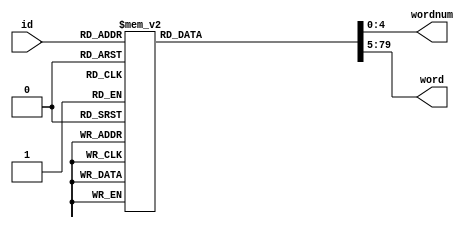
module dictionary(
	input [7:0] id,
	output reg [4:0] wordnum,
	output reg [74:0] word // 5 bits per alphabet, length <= 15
);
	always @ * begin
		case(id) 
            1: begin
                wordnum = 8;
                word = {5'd25,5'd3,5'd1,5'd18,5'd21,5'd3,5'd3,5'd1};
            end
            2: begin
                wordnum = 3;
                word = {5'd4,5'd4,5'd1};
            end
            3: begin
                wordnum = 3;
                word = {5'd12,5'd12,5'd1};
            end
            4: begin
                wordnum = 5;
                word = {5'd23,5'd15,5'd12,5'd12,5'd1};
            end
            5: begin
                wordnum = 6;
                word = {5'd20,5'd14,5'd21,5'd15,5'd13,5'd1};
            end
            6: begin
                wordnum = 5;
                word = {5'd25,5'd18,5'd7,5'd14,5'd1};
            end
            7: begin
                wordnum = 6;
                word = {5'd12,5'd1,5'd13,5'd9,5'd14,5'd1};
            end
            8: begin
                wordnum = 6;
                word = {5'd18,5'd5,5'd23,5'd19,5'd14,5'd1};
            end
            9: begin
                wordnum = 5;
                word = {5'd5,5'd12,5'd16,5'd16,5'd1};
            end
            10: begin
                wordnum = 3;
                word = {5'd5,5'd18,5'd1};
            end
            11: begin
                wordnum = 4;
                word = {5'd25,5'd13,5'd18,5'd1};
            end
            12: begin
                wordnum = 6;
                word = {5'd4,5'd14,5'd21,5'd15,5'd18,5'd1};
            end
            13: begin
                wordnum = 4;
                word = {5'd11,5'd3,5'd1,5'd2};
            end
            14: begin
                wordnum = 6;
                word = {5'd1,5'd14,5'd1,5'd14,5'd1,5'd2};
            end
            15: begin
                wordnum = 6;
                word = {5'd5,5'd18,5'd15,5'd6,5'd5,5'd2};
            end
            16: begin
                wordnum = 5;
                word = {5'd14,5'd9,5'd7,5'd5,5'd2};
            end
            17: begin
                wordnum = 8;
                word = {5'd18,5'd5,5'd14,5'd14,5'd9,5'd7,5'd5,5'd2};
            end
            18: begin
                wordnum = 4;
                word = {5'd20,5'd1,5'd15,5'd2};
            end
            19: begin
                wordnum = 4;
                word = {5'd11,5'd15,5'd15,5'd2};
            end
            20: begin
                wordnum = 4;
                word = {5'd8,5'd20,5'd15,5'd2};
            end
            21: begin
                wordnum = 3;
                word = {5'd24,5'd15,5'd2};
            end
            22: begin
                wordnum = 3;
                word = {5'd19,5'd21,5'd2};
            end
            23: begin
                wordnum = 3;
                word = {5'd20,5'd21,5'd2};
            end
            24: begin
                wordnum = 3;
                word = {5'd20,5'd1,5'd3};
            end
            25: begin
                wordnum = 5;
                word = {5'd18,5'd9,5'd1,5'd8,5'd3};
            end
            26: begin
                wordnum = 5;
                word = {5'd11,5'd3,5'd5,5'd8,5'd3};
            end
            27: begin
                wordnum = 5;
                word = {5'd4,5'd12,5'd9,5'd8,5'd3};
            end
            28: begin
                wordnum = 4;
                word = {5'd25,5'd20,5'd9,5'd3};
            end
            29: begin
                wordnum = 6;
                word = {5'd5,5'd5,5'd6,5'd6,5'd15,5'd3};
            end
            30: begin
                wordnum = 6;
                word = {5'd14,5'd13,5'd21,5'd12,5'd15,5'd3};
            end
            31: begin
                wordnum = 8;
                word = {5'd18,5'd5,5'd20,5'd21,5'd16,5'd13,5'd15,5'd3};
            end
            32: begin
                wordnum = 7;
                word = {5'd25,5'd18,5'd20,5'd14,5'd21,5'd15,5'd3};
            end
            33: begin
                wordnum = 6;
                word = {5'd5,5'd19,5'd18,5'd21,5'd15,5'd3};
            end
            34: begin
                wordnum = 5;
                word = {5'd13,5'd1,5'd5,5'd18,5'd3};
            end
            35: begin
                wordnum = 4;
                word = {5'd5,5'd20,5'd1,5'd4};
            end
            36: begin
                wordnum = 3;
                word = {5'd25,5'd1,5'd4};
            end
            37: begin
                wordnum = 6;
                word = {5'd20,5'd18,5'd1,5'd16,5'd5,5'd4};
            end
            38: begin
                wordnum = 10;
                word = {5'd25,5'd20,5'd12,5'd21,5'd3,5'd9,5'd6,5'd6,5'd9,5'd4};
            end
            39: begin
                wordnum = 8;
                word = {5'd18,5'd5,5'd22,5'd15,5'd3,5'd19,5'd9,5'd4};
            end
            40: begin
                wordnum = 8;
                word = {5'd5,5'd3,5'd14,5'd1,5'd20,5'd19,5'd9,5'd4};
            end
            41: begin
                wordnum = 3;
                word = {5'd7,5'd15,5'd4};
            end
            42: begin
                wordnum = 4;
                word = {5'd14,5'd23,5'd15,5'd4};
            end
            43: begin
                wordnum = 8;
                word = {5'd4,5'd1,5'd15,5'd12,5'd14,5'd23,5'd15,5'd4};
            end
            44: begin
                wordnum = 5;
                word = {5'd11,5'd14,5'd9,5'd18,5'd4};
            end
            45: begin
                wordnum = 4;
                word = {5'd13,5'd21,5'd18,5'd4};
            end
            46: begin
                wordnum = 4;
                word = {5'd8,5'd3,5'd1,5'd5};
            end
            47: begin
                wordnum = 4;
                word = {5'd20,5'd9,5'd4,5'd5};
            end
            48: begin
                wordnum = 11;
                word = {5'd25,5'd20,5'd9,5'd3,5'd9,5'd18,5'd20,5'd3,5'd5,5'd12,5'd5};
            end
            49: begin
                wordnum = 7;
                word = {5'd20,5'd14,5'd5,5'd13,5'd5,5'd12,5'd5};
            end
            50: begin
                wordnum = 13;
                word = {5'd20,5'd14,5'd5,5'd13,5'd14,5'd9,5'd1,5'd20,5'd18,5'd5,5'd20,5'd14,5'd5};
            end
            51: begin
                wordnum = 5;
                word = {5'd5,5'd19,5'd1,5'd18,5'd5};
            end
            52: begin
                wordnum = 4;
                word = {5'd14,5'd5,5'd22,5'd5};
            end
            53: begin
                wordnum = 8;
                word = {5'd5,5'd19,5'd9,5'd3,5'd18,5'd5,5'd24,5'd5};
            end
            54: begin
                wordnum = 4;
                word = {5'd12,5'd5,5'd5,5'd6};
            end
            55: begin
                wordnum = 3;
                word = {5'd23,5'd5,5'd6};
            end
            56: begin
                wordnum = 4;
                word = {5'd5,5'd12,5'd9,5'd6};
            end
            57: begin
                wordnum = 5;
                word = {5'd20,5'd19,5'd18,5'd9,5'd6};
            end
            58: begin
                wordnum = 5;
                word = {5'd19,5'd21,5'd3,5'd15,5'd6};
            end
            59: begin
                wordnum = 6;
                word = {5'd23,5'd15,5'd12,5'd12,5'd15,5'd6};
            end
            60: begin
                wordnum = 4;
                word = {5'd4,5'd15,5'd15,5'd6};
            end
            61: begin
                wordnum = 5;
                word = {5'd5,5'd3,5'd18,5'd15,5'd6};
            end
            62: begin
                wordnum = 6;
                word = {5'd20,5'd5,5'd7,5'd18,5'd15,5'd6};
            end
            63: begin
                wordnum = 4;
                word = {5'd18,5'd21,5'd15,5'd6};
            end
            64: begin
                wordnum = 6;
                word = {5'd4,5'd14,5'd5,5'd9,5'd18,5'd6};
            end
            65: begin
                wordnum = 4;
                word = {5'd5,5'd13,5'd1,5'd7};
            end
            66: begin
                wordnum = 4;
                word = {5'd5,5'd22,5'd9,5'd7};
            end
            67: begin
                wordnum = 6;
                word = {5'd7,5'd14,5'd9,5'd22,5'd9,5'd7};
            end
            68: begin
                wordnum = 6;
                word = {5'd12,5'd1,5'd2,5'd15,5'd12,5'd7};
            end
            69: begin
                wordnum = 4;
                word = {5'd20,5'd1,5'd15,5'd7};
            end
            70: begin
                wordnum = 5;
                word = {5'd20,5'd1,5'd5,5'd18,5'd7};
            end
            71: begin
                wordnum = 5;
                word = {5'd25,5'd16,5'd16,5'd1,5'd8};
            end
            72: begin
                wordnum = 4;
                word = {5'd5,5'd22,5'd1,5'd8};
            end
            73: begin
                wordnum = 6;
                word = {5'd7,5'd14,5'd9,5'd22,5'd1,5'd8};
            end
            74: begin
                wordnum = 4;
                word = {5'd5,5'd18,5'd5,5'd8};
            end
            75: begin
                wordnum = 4;
                word = {5'd8,5'd7,5'd9,5'd8};
            end
            76: begin
                wordnum = 4;
                word = {5'd12,5'd12,5'd9,5'd8};
            end
            77: begin
                wordnum = 4;
                word = {5'd4,5'd12,5'd15,5'd8};
            end
            78: begin
                wordnum = 4;
                word = {5'd5,5'd13,5'd15,5'd8};
            end
            79: begin
                wordnum = 4;
                word = {5'd18,5'd21,5'd15,5'd8};
            end
            80: begin
                wordnum = 5;
                word = {5'd5,5'd19,5'd21,5'd15,5'd8};
            end
            81: begin
                wordnum = 3;
                word = {5'd23,5'd15,5'd8};
            end
            82: begin
                wordnum = 3;
                word = {5'd5,5'd3,5'd9};
            end
            83: begin
                wordnum = 7;
                word = {5'd5,5'd4,5'd21,5'd12,5'd3,5'd14,5'd9};
            end
            84: begin
                wordnum = 5;
                word = {5'd20,5'd21,5'd16,5'd14,5'd9};
            end
            85: begin
                wordnum = 6;
                word = {5'd5,5'd4,5'd9,5'd19,5'd14,5'd9};
            end
            86: begin
                wordnum = 13;
                word = {5'd12,5'd1,5'd14,5'd15,5'd9,5'd20,5'd1,5'd14,5'd18,5'd5,5'd20,5'd14,5'd9};
            end
            87: begin
                wordnum = 4;
                word = {5'd15,5'd20,5'd14,5'd9};
            end
            88: begin
                wordnum = 12;
                word = {5'd14,5'd15,5'd9,5'd20,5'd3,5'd21,5'd4,5'd15,5'd18,5'd20,5'd14,5'd9};
            end
            89: begin
                wordnum = 6;
                word = {5'd20,5'd14,5'd5,5'd22,5'd14,5'd9};
            end
            90: begin
                wordnum = 2;
                word = {5'd19,5'd9};
            end
            91: begin
                wordnum = 5;
                word = {5'd18,5'd5,5'd11,5'd15,5'd10};
            end
            92: begin
                wordnum = 5;
                word = {5'd5,5'd3,5'd9,5'd21,5'd10};
            end
            93: begin
                wordnum = 3;
                word = {5'd25,5'd5,5'd11};
            end
            94: begin
                wordnum = 8;
                word = {5'd4,5'd18,5'd1,5'd15,5'd2,5'd25,5'd5,5'd11};
            end
            95: begin
                wordnum = 3;
                word = {5'd4,5'd9,5'd11};
            end
            96: begin
                wordnum = 4;
                word = {5'd12,5'd12,5'd9,5'd11};
            end
            97: begin
                wordnum = 8;
                word = {5'd5,5'd7,5'd1,5'd21,5'd7,5'd14,5'd1,5'd12};
            end
            98: begin
                wordnum = 4;
                word = {5'd4,5'd1,5'd5,5'd12};
            end
            99: begin
                wordnum = 5;
                word = {5'd5,5'd22,5'd1,5'd5,5'd12};
            end
            100: begin
                wordnum = 5;
                word = {5'd14,5'd15,5'd13,5'd5,5'd12};
            end
            101: begin
                wordnum = 4;
                word = {5'd19,5'd19,5'd5,5'd12};
            end
            102: begin
                wordnum = 6;
                word = {5'd18,5'd5,5'd20,5'd20,5'd5,5'd12};
            end
            103: begin
                wordnum = 4;
                word = {5'd5,5'd14,5'd9,5'd12};
            end
            104: begin
                wordnum = 6;
                word = {5'd14,5'd5,5'd20,5'd19,5'd9,5'd12};
            end
            105: begin
                wordnum = 6;
                word = {5'd5,5'd12,5'd20,5'd20,5'd9,5'd12};
            end
            106: begin
                wordnum = 4;
                word = {5'd11,5'd3,5'd15,5'd12};
            end
            107: begin
                wordnum = 4;
                word = {5'd11,5'd15,5'd15,5'd12};
            end
            108: begin
                wordnum = 4;
                word = {5'd5,5'd19,5'd15,5'd12};
            end
            109: begin
                wordnum = 5;
                word = {5'd18,5'd5,5'd19,5'd15,5'd12};
            end
            110: begin
                wordnum = 4;
                word = {5'd19,5'd19,5'd15,5'd12};
            end
            111: begin
                wordnum = 3;
                word = {5'd4,5'd1,5'd13};
            end
            112: begin
                wordnum = 4;
                word = {5'd12,5'd9,5'd1,5'd13};
            end
            113: begin
                wordnum = 3;
                word = {5'd14,5'd1,5'd13};
            end
            114: begin
                wordnum = 3;
                word = {5'd16,5'd1,5'd13};
            end
            115: begin
                wordnum = 6;
                word = {5'd18,5'd5,5'd20,5'd19,5'd1,5'd13};
            end
            116: begin
                wordnum = 6;
                word = {5'd18,5'd5,5'd2,5'd13,5'd5,5'd13};
            end
            117: begin
                wordnum = 4;
                word = {5'd11,5'd12,5'd9,5'd13};
            end
            118: begin
                wordnum = 5;
                word = {5'd19,5'd21,5'd14,5'd9,5'd13};
            end
            119: begin
                wordnum = 6;
                word = {5'd5,5'd20,5'd21,5'd14,5'd9,5'd13};
            end
            120: begin
                wordnum = 7;
                word = {5'd5,5'd11,5'd1,5'd20,5'd19,5'd9,5'd13};
            end
            121: begin
                wordnum = 6;
                word = {5'd25,5'd5,5'd11,5'd14,5'd15,5'd13};
            end
            122: begin
                wordnum = 5;
                word = {5'd8,5'd20,5'd14,5'd15,5'd13};
            end
            123: begin
                wordnum = 4;
                word = {5'd5,5'd18,5'd15,5'd13};
            end
            124: begin
                wordnum = 5;
                word = {5'd5,5'd19,5'd21,5'd15,5'd13};
            end
            125: begin
                wordnum = 5;
                word = {5'd3,5'd9,5'd19,5'd21,5'd13};
            end
            126: begin
                wordnum = 4;
                word = {5'd4,5'd5,5'd5,5'd14};
            end
            127: begin
                wordnum = 5;
                word = {5'd18,5'd5,5'd22,5'd5,5'd14};
            end
            128: begin
                wordnum = 3;
                word = {5'd23,5'd5,5'd14};
            end
            129: begin
                wordnum = 2;
                word = {5'd15,5'd14};
            end
            130: begin
                wordnum = 3;
                word = {5'd20,5'd15,5'd14};
            end
            131: begin
                wordnum = 4;
                word = {5'd5,5'd20,5'd15,5'd14};
            end
            132: begin
                wordnum = 3;
                word = {5'd23,5'd15,5'd14};
            end
            133: begin
                wordnum = 6;
                word = {5'd18,5'd5,5'd2,5'd13,5'd21,5'd14};
            end
            134: begin
                wordnum = 3;
                word = {5'd6,5'd6,5'd15};
            end
            135: begin
                wordnum = 3;
                word = {5'd4,5'd12,5'd15};
            end
            136: begin
                wordnum = 2;
                word = {5'd14,5'd15};
            end
            137: begin
                wordnum = 4;
                word = {5'd5,5'd3,5'd14,5'd15};
            end
            138: begin
                wordnum = 3;
                word = {5'd5,5'd14,5'd15};
            end
            139: begin
                wordnum = 6;
                word = {5'd5,5'd14,5'd9,5'd12,5'd14,5'd15};
            end
            140: begin
                wordnum = 4;
                word = {5'd14,5'd5,5'd16,5'd15};
            end
            141: begin
                wordnum = 7;
                word = {5'd5,5'd20,5'd1,5'd18,5'd5,5'd16,5'd15};
            end
            142: begin
                wordnum = 6;
                word = {5'd20,5'd21,5'd16,5'd20,5'd21,5'd15};
            end
            143: begin
                wordnum = 7;
                word = {5'd5,5'd4,5'd9,5'd19,5'd20,5'd21,5'd15};
            end
            144: begin
                wordnum = 4;
                word = {5'd5,5'd7,5'd1,5'd16};
            end
            145: begin
                wordnum = 4;
                word = {5'd18,5'd9,5'd1,5'd16};
            end
            146: begin
                wordnum = 6;
                word = {5'd20,5'd14,5'd5,5'd18,5'd1,5'd16};
            end
            147: begin
                wordnum = 4;
                word = {5'd11,5'd18,5'd1,5'd16};
            end
            148: begin
                wordnum = 4;
                word = {5'd20,5'd18,5'd1,5'd16};
            end
            149: begin
                wordnum = 6;
                word = {5'd12,5'd9,5'd3,5'd14,5'd5,5'd16};
            end
            150: begin
                wordnum = 6;
                word = {5'd14,5'd15,5'd19,5'd18,5'd5,5'd16};
            end
            151: begin
                wordnum = 5;
                word = {5'd5,5'd14,5'd15,5'd8,5'd16};
            end
            152: begin
                wordnum = 5;
                word = {5'd15,5'd14,5'd1,5'd9,5'd16};
            end
            153: begin
                wordnum = 5;
                word = {5'd5,5'd3,5'd1,5'd12,5'd16};
            end
            154: begin
                wordnum = 4;
                word = {5'd25,5'd1,5'd12,5'd16};
            end
            155: begin
                wordnum = 4;
                word = {5'd11,5'd18,5'd15,5'd16};
            end
            156: begin
                wordnum = 8;
                word = {5'd5,5'd12,5'd2,5'd9,5'd19,5'd19,5'd15,5'd16};
            end
            157: begin
                wordnum = 7;
                word = {5'd13,5'd5,5'd12,5'd2,5'd15,5'd18,5'd16};
            end
            158: begin
                wordnum = 7;
                word = {5'd4,5'd5,5'd5,5'd3,5'd15,5'd18,5'd16};
            end
            159: begin
                wordnum = 7;
                word = {5'd5,5'd3,5'd21,5'd4,5'd15,5'd18,5'd16};
            end
            160: begin
                wordnum = 7;
                word = {5'd13,5'd1,5'd18,5'd7,5'd15,5'd18,5'd16};
            end
            161: begin
                wordnum = 7;
                word = {5'd20,5'd3,5'd5,5'd10,5'd15,5'd18,5'd16};
            end
            162: begin
                wordnum = 3;
                word = {5'd20,5'd21,5'd16};
            end
            163: begin
                wordnum = 8;
                word = {5'd14,5'd15,5'd9,5'd20,5'd19,5'd5,5'd21,5'd17};
            end
            164: begin
                wordnum = 5;
                word = {5'd5,5'd19,5'd9,5'd1,5'd18};
            end
            165: begin
                wordnum = 6;
                word = {5'd13,5'd15,5'd4,5'd14,5'd1,5'd18};
            end
            166: begin
                wordnum = 5;
                word = {5'd8,5'd3,5'd1,5'd5,5'd18};
            end
            167: begin
                wordnum = 4;
                word = {5'd4,5'd1,5'd5,5'd18};
            end
            168: begin
                wordnum = 7;
                word = {5'd7,5'd14,5'd9,5'd4,5'd1,5'd5,5'd18};
            end
            169: begin
                wordnum = 4;
                word = {5'd12,5'd1,5'd5,5'd18};
            end
            170: begin
                wordnum = 7;
                word = {5'd5,5'd22,5'd9,5'd5,5'd3,5'd5,5'd18};
            end
            171: begin
                wordnum = 6;
                word = {5'd5,5'd3,5'd21,5'd4,5'd5,5'd18};
            end
            172: begin
                wordnum = 7;
                word = {5'd8,5'd19,5'd5,5'd18,5'd6,5'd5,5'd18};
            end
            173: begin
                wordnum = 8;
                word = {5'd18,5'd5,5'd2,5'd13,5'd5,5'd13,5'd5,5'd18};
            end
            174: begin
                wordnum = 8;
                word = {5'd8,5'd3,5'd18,5'd1,5'd5,5'd19,5'd5,5'd18};
            end
            175: begin
                wordnum = 4;
                word = {5'd8,5'd3,5'd9,5'd18};
            end
            176: begin
                wordnum = 4;
                word = {5'd13,5'd15,5'd15,5'd18};
            end
            177: begin
                wordnum = 3;
                word = {5'd23,5'd15,5'd18};
            end
            178: begin
                wordnum = 3;
                word = {5'd4,5'd1,5'd19};
            end
            179: begin
                wordnum = 6;
                word = {5'd12,5'd15,5'd15,5'd8,5'd3,5'd19};
            end
            180: begin
                wordnum = 7;
                word = {5'd5,5'd3,5'd14,5'd5,5'd9,5'd3,5'd19};
            end
            181: begin
                wordnum = 5;
                word = {5'd5,5'd18,5'd15,5'd3,5'd19};
            end
            182: begin
                wordnum = 6;
                word = {5'd14,5'd5,5'd5,5'd18,5'd3,5'd19};
            end
            183: begin
                wordnum = 6;
                word = {5'd8,5'd3,5'd18,5'd1,5'd5,5'd19};
            end
            184: begin
                wordnum = 6;
                word = {5'd4,5'd14,5'd15,5'd3,5'd5,5'd19};
            end
            185: begin
                wordnum = 3;
                word = {5'd5,5'd5,5'd19};
            end
            186: begin
                wordnum = 4;
                word = {5'd13,5'd5,5'd5,5'd19};
            end
            187: begin
                wordnum = 4;
                word = {5'd4,5'd14,5'd5,5'd19};
            end
            188: begin
                wordnum = 3;
                word = {5'd20,5'd5,5'd19};
            end
            189: begin
                wordnum = 5;
                word = {5'd20,5'd5,5'd5,5'd8,5'd19};
            end
            190: begin
                wordnum = 4;
                word = {5'd16,5'd9,5'd8,5'd19};
            end
            191: begin
                wordnum = 5;
                word = {5'd20,5'd8,5'd7,5'd9,5'd19};
            end
            192: begin
                wordnum = 4;
                word = {5'd7,5'd14,5'd9,5'd19};
            end
            193: begin
                wordnum = 3;
                word = {5'd20,5'd9,5'd19};
            end
            194: begin
                wordnum = 5;
                word = {5'd20,5'd18,5'd1,5'd13,5'd19};
            end
            195: begin
                wordnum = 2;
                word = {5'd15,5'd19};
            end
            196: begin
                wordnum = 4;
                word = {5'd5,5'd13,5'd15,5'd19};
            end
            197: begin
                wordnum = 5;
                word = {5'd5,5'd3,5'd1,5'd16,5'd19};
            end
            198: begin
                wordnum = 5;
                word = {5'd4,5'd5,5'd5,5'd16,5'd19};
            end
            199: begin
                wordnum = 5;
                word = {5'd4,5'd14,5'd1,5'd20,5'd19};
            end
            200: begin
                wordnum = 4;
                word = {5'd18,5'd1,5'd20,5'd19};
            end
            201: begin
                wordnum = 5;
                word = {5'd20,5'd18,5'd1,5'd20,5'd19};
            end
            202: begin
                wordnum = 5;
                word = {5'd12,5'd12,5'd9,5'd20,5'd19};
            end
            203: begin
                wordnum = 5;
                word = {5'd5,5'd14,5'd15,5'd20,5'd19};
            end
            204: begin
                wordnum = 4;
                word = {5'd16,5'd15,5'd20,5'd19};
            end
            205: begin
                wordnum = 5;
                word = {5'd5,5'd18,5'd15,5'd20,5'd19};
            end
            206: begin
                wordnum = 7;
                word = {5'd20,5'd14,5'd5,5'd4,5'd21,5'd20,5'd19};
            end
            207: begin
                wordnum = 3;
                word = {5'd14,5'd21,5'd19};
            end
            208: begin
                wordnum = 5;
                word = {5'd5,5'd12,5'd2,5'd1,5'd20};
            end
            209: begin
                wordnum = 3;
                word = {5'd1,5'd5,5'd20};
            end
            210: begin
                wordnum = 7;
                word = {5'd18,5'd5,5'd8,5'd3,5'd1,5'd5,5'd20};
            end
            211: begin
                wordnum = 10;
                word = {5'd14,5'd15,5'd9,5'd19,5'd9,5'd22,5'd5,5'd12,5'd5,5'd20};
            end
            212: begin
                wordnum = 4;
                word = {5'd20,5'd1,5'd8,5'd20};
            end
            213: begin
                wordnum = 5;
                word = {5'd11,5'd14,5'd9,5'd8,5'd20};
            end
            214: begin
                wordnum = 5;
                word = {5'd5,5'd19,5'd15,5'd8,5'd20};
            end
            215: begin
                wordnum = 5;
                word = {5'd5,5'd5,5'd18,5'd8,5'd20};
            end
            216: begin
                wordnum = 7;
                word = {5'd8,5'd7,5'd21,5'd15,5'd18,5'd8,5'd20};
            end
            217: begin
                wordnum = 5;
                word = {5'd20,5'd8,5'd7,5'd9,5'd20};
            end
            218: begin
                wordnum = 4;
                word = {5'd5,5'd13,5'd9,5'd20};
            end
            219: begin
                wordnum = 3;
                word = {5'd15,5'd15,5'd20};
            end
            220: begin
                wordnum = 5;
                word = {5'd14,5'd9,5'd1,5'd18,5'd20};
            end
            221: begin
                wordnum = 4;
                word = {5'd5,5'd5,5'd18,5'd20};
            end
            222: begin
                wordnum = 7;
                word = {5'd5,5'd12,5'd2,5'd21,5'd15,5'd18,5'd20};
            end
            223: begin
                wordnum = 4;
                word = {5'd14,5'd18,5'd21,5'd20};
            end
            224: begin
                wordnum = 5;
                word = {5'd5,5'd3,5'd9,5'd23,5'd20};
            end
            225: begin
                wordnum = 3;
                word = {5'd15,5'd23,5'd20};
            end
            226: begin
                wordnum = 4;
                word = {5'd5,5'd16,5'd25,5'd20};
            end
            227: begin
                wordnum = 5;
                word = {5'd18,5'd5,5'd4,5'd14,5'd21};
            end
            228: begin
                wordnum = 10;
                word = {5'd4,5'd14,5'd1,5'd20,5'd19,5'd18,5'd5,5'd4,5'd14,5'd21};
            end
            229: begin
                wordnum = 6;
                word = {5'd4,5'd1,5'd15,5'd12,5'd16,5'd21};
            end
            230: begin
                wordnum = 4;
                word = {5'd14,5'd15,5'd16,5'd21};
            end
            231: begin
                wordnum = 3;
                word = {5'd5,5'd19,5'd21};
            end
            232: begin
                wordnum = 4;
                word = {5'd18,5'd5,5'd19,5'd21};
            end
            233: begin
                wordnum = 5;
                word = {5'd15,5'd5,5'd4,5'd9,5'd22};
            end
            234: begin
                wordnum = 4;
                word = {5'd23,5'd5,5'd9,5'd22};
            end
            235: begin
                wordnum = 4;
                word = {5'd11,5'd12,5'd1,5'd23};
            end
            236: begin
                wordnum = 4;
                word = {5'd20,5'd14,5'd1,5'd23};
            end
            237: begin
                wordnum = 3;
                word = {5'd18,5'd1,5'd23};
            end
            238: begin
                wordnum = 5;
                word = {5'd5,5'd20,5'd19,5'd1,5'd23};
            end
            239: begin
                wordnum = 5;
                word = {5'd8,5'd3,5'd20,5'd1,5'd23};
            end
            240: begin
                wordnum = 2;
                word = {5'd5,5'd23};
            end
            241: begin
                wordnum = 6;
                word = {5'd14,5'd15,5'd16,5'd1,5'd5,5'd23};
            end
            242: begin
                wordnum = 7;
                word = {5'd5,5'd20,5'd9,5'd19,5'd2,5'd5,5'd23};
            end
            243: begin
                wordnum = 6;
                word = {5'd20,5'd8,5'd7,5'd9,5'd5,5'd23};
            end
            244: begin
                wordnum = 4;
                word = {5'd14,5'd5,5'd8,5'd23};
            end
            245: begin
                wordnum = 5;
                word = {5'd5,5'd18,5'd5,5'd8,5'd23};
            end
            246: begin
                wordnum = 5;
                word = {5'd5,5'd20,5'd9,5'd8,5'd23};
            end
            247: begin
                wordnum = 3;
                word = {5'd15,5'd8,5'd23};
            end
            248: begin
                wordnum = 3;
                word = {5'd14,5'd9,5'd23};
            end
            249: begin
                wordnum = 6;
                word = {5'd23,5'd15,5'd4,5'd14,5'd9,5'd23};
            end
            250: begin
                wordnum = 6;
                word = {5'd18,5'd5,5'd4,5'd14,5'd15,5'd23};
            end
            251: begin
                wordnum = 4;
                word = {5'd11,5'd18,5'd15,5'd23};
            end
            252: begin
                wordnum = 7;
                word = {5'd7,5'd14,5'd9,5'd11,5'd18,5'd15,5'd23};
            end
            253: begin
                wordnum = 5;
                word = {5'd4,5'd12,5'd18,5'd15,5'd23};
            end
            254: begin
                wordnum = 5;
                word = {5'd4,5'd12,5'd21,5'd15,5'd23};
            end
            255: begin
                wordnum = 4;
                word = {5'd18,5'd1,5'd5,5'd25};
            end
			default: begin
				wordnum = 0;
				word = 0;
			end
		endcase
	end


endmodule